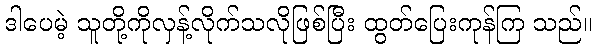
ဒါပေမဲ့ သူတို့ကိုလှန့်လိုက်သလိုဖြစ်ပြီး ထွတ်ပြေးကုန်ကြ သည်။